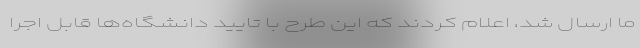
ما ارسال شد، اعلام کردند که این طرح با تایید دانشگاه‌ها قابل اجرا